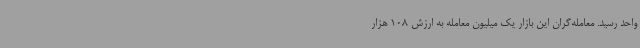
واحد رسید. معامله‌گران این بازار یک میلیون معامله به ارزش 108 هزار